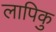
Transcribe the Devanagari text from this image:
लापिकु